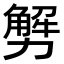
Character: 𠢲